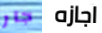
جار اجازه